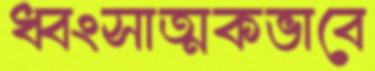
ধ্বংসাত্মকভাবে